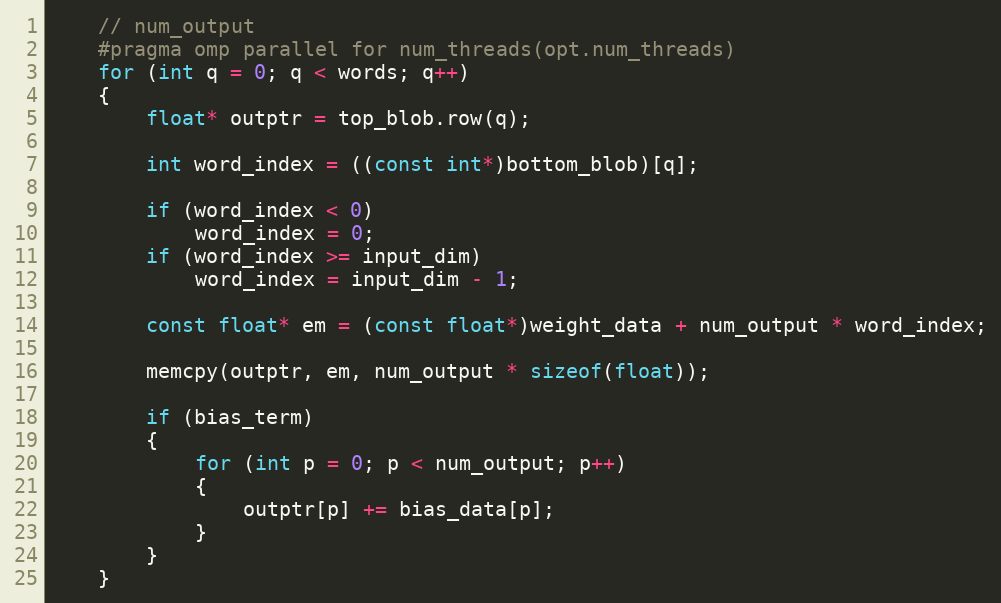
Language: C++
    // num_output
    #pragma omp parallel for num_threads(opt.num_threads)
    for (int q = 0; q < words; q++)
    {
        float* outptr = top_blob.row(q);

        int word_index = ((const int*)bottom_blob)[q];

        if (word_index < 0)
            word_index = 0;
        if (word_index >= input_dim)
            word_index = input_dim - 1;

        const float* em = (const float*)weight_data + num_output * word_index;

        memcpy(outptr, em, num_output * sizeof(float));

        if (bias_term)
        {
            for (int p = 0; p < num_output; p++)
            {
                outptr[p] += bias_data[p];
            }
        }
    }